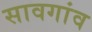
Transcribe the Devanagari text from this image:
सावगांव